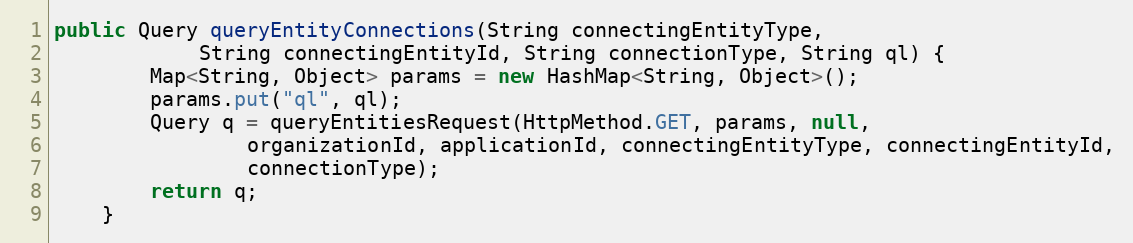
Language: Java
public Query queryEntityConnections(String connectingEntityType,
            String connectingEntityId, String connectionType, String ql) {
        Map<String, Object> params = new HashMap<String, Object>();
        params.put("ql", ql);
        Query q = queryEntitiesRequest(HttpMethod.GET, params, null,
                organizationId, applicationId, connectingEntityType, connectingEntityId,
                connectionType);
        return q;
    }